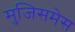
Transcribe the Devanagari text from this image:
मुजिसमेस